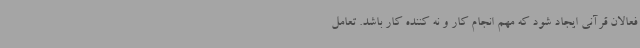
فعالان قرآنی ایجاد شود که مهم انجام کار و نه کننده کار باشد. تعامل